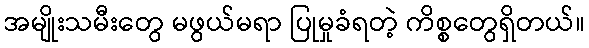
အမျိုးသမီးတွေ မဖွယ်မရာ ပြုမှုခံရတဲ့ ကိစ္စတွေရှိတယ်။